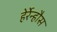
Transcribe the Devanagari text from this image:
हेर्रेन्हौस